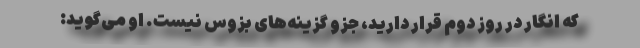
که انگار در روز دوم قرار دارید، جزو گزینه‌های بزوس نیست. او می‌گوید: